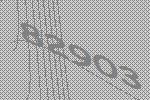
82903